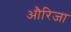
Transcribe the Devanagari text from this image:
औरिजा